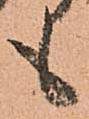
も